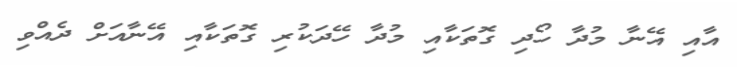
އާއި އޭނާ މުދާ ހޯދި ގޮތަކާއި މުދާ ހޭދަކުރި ގޮތަކާއި އޭނާއަށް ދެއްވި